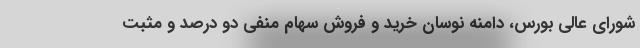
شورای عالی بورس، دامنه نوسان خرید و فروش سهام منفی دو درصد و مثبت